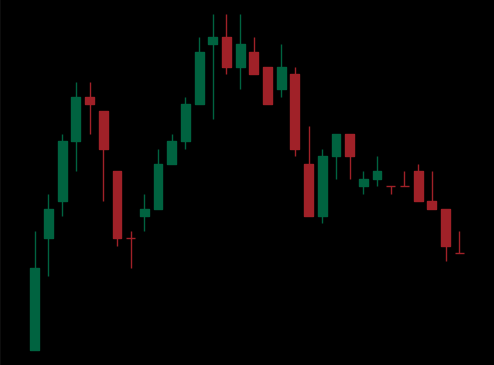
Pattern: head_shoulders